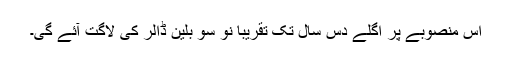
اس منصوبے پر اگلے دس سال تک تقریباً نو سو بلین ڈالر کی لاگت آئے گی۔